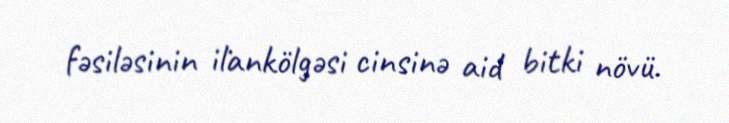
fəsiləsinin i̇lankölgəsi cinsinə aid bitki növü.